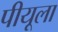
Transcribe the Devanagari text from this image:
पीयूला